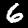
Label: 6